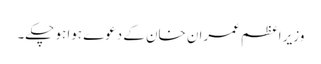
وزیر اعظم عمران خان کے دعوے ہوا ہو چکے۔